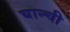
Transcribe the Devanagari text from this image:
घान्ची